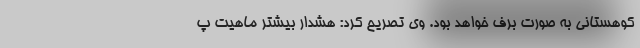
کوهستانی به صورت برف خواهد بود. وی تصریح کرد: هشدار بیشتر ماهیت پ